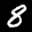
Label: 8